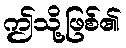
ဤသို့ဖြစ်၏